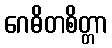
ဂေဓိတစိတ္တာ